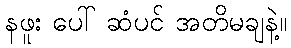
နဖူး ပေါ် ဆံပင် အတိမချနဲ့။